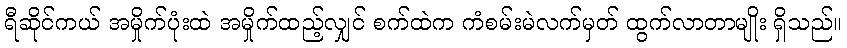
ရီဆိုင်ကယ် အမှိုက်ပုံးထဲ အမှိုက်ထည့်လျှင် စက်ထဲက ကံစမ်းမဲလက်မှတ် ထွက်လာတာမျိုး ရှိသည်။